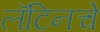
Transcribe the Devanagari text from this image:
लॅटिनचे